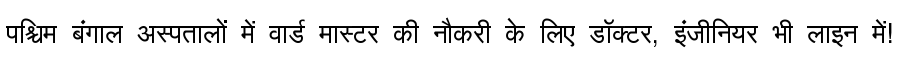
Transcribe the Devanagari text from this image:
पश्चिम बंगाल अस्पतालों में वार्ड मास्टर की नौकरी के लिए डॉक्टर, इंजीनियर भी लाइन में!